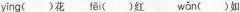
ying(）花 fēi()红 wǎn ()如